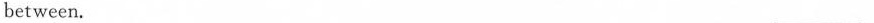
between. ___